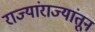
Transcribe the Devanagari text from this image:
राज्यांराज्यांतून